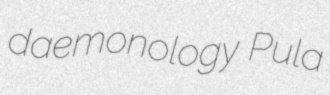
daemonology Pula